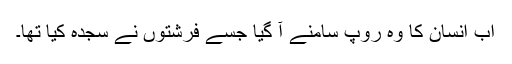
اب انسان کا وہ روپ سامنے آ گیا جسے فرشتوں نے سجدہ کیا تھا۔